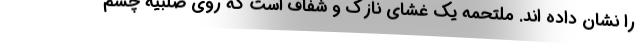
را نشان داده اند. ملتحمه یک غشای نازک و شفاف است که روی صلبیه چشم